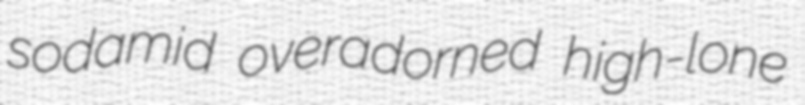
sodamid overadorned high-lone